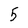
Character: 5